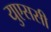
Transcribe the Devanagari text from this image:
युएससी